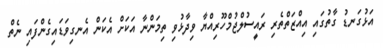
އަޅުގަނޑު ގާތުގައި އިއްޒަތްތެރި ރައީސުލްޖުމްހޫރިއްޔާ ވިދާޅުވި ތިމަންނާ އަކަށް އެކަން އެނގިވަޑައިގެންފައި ނެތް